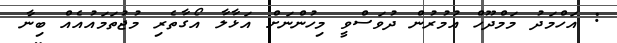
: އަހްމަދު މަމްދޫހް އުމުރުން ދުވަސްވީ މިހުންނަށް އަޅާލާ އޯގާތެރި މުޖުތަމައުއެއް ބިނާ